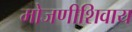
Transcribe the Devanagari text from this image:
मोजणीशिवाय